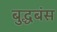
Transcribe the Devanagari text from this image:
बुद्धबंस